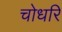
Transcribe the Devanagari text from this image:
चोधरि